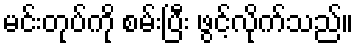
မင်းတုပ်ကို စမ်းပြီး ဖွင့်လိုက်သည်။